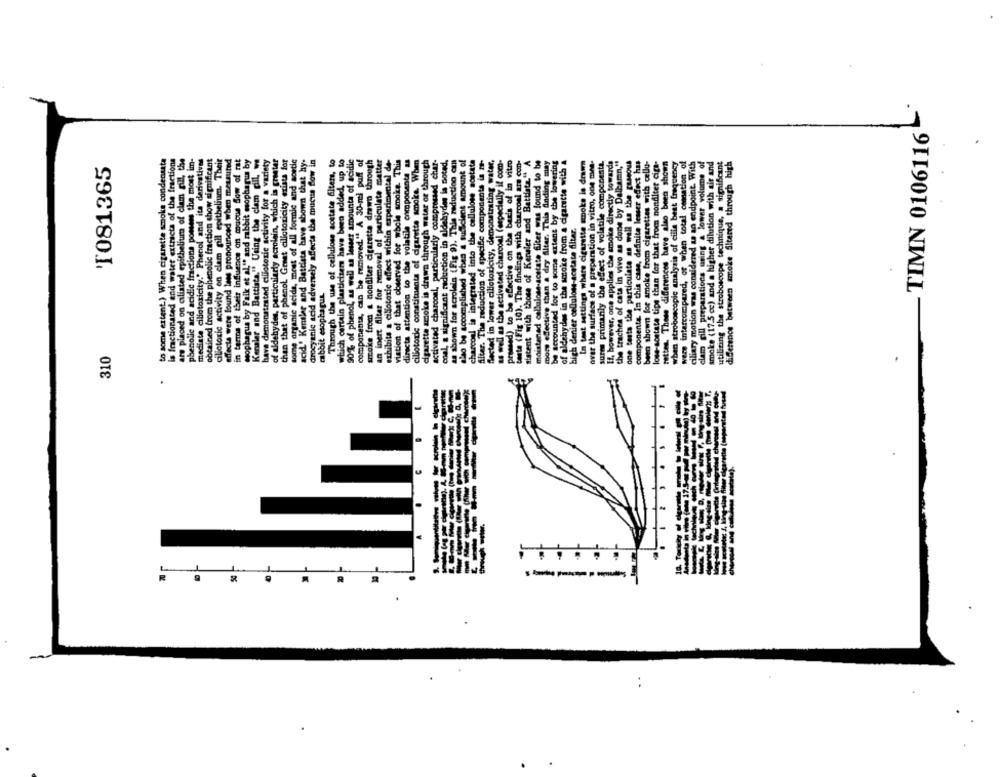
- TIMN 0106116
to some extent.) When cigarette smoke condensata
is fractionsted and water extracta of the fractions
are placed on ciliated epithelium of clam gill, the
phenolic and acidic fractions possess the most im-
mediste ciliotoxicity." Phenol and ita derivatives
obtained from the phenolic fraction show significant
clictoxic activity on clam pill epithelium. Their
affects were found lees pronounced when measured
in terms of their influence on mucus Slow of rat
wophagus by Faik et al." and rabbit esophagus by
Kenaler and Battista." Using the clam cill, w
have demonstrated cilioterie activity for a variety
of aldehydes, particularly acrolein, which is greater
than that of phenol Great cilictoxicity exists for
some organic acida, most of all formic and aortic
acid.' Kensler and Battleta have shown that hy-
drocyanic acid adversely affects the mucus Blow in
Through the use of cellulose sostate filters, to
which certain plasticizers have been added, up to
90% of phenol, as well as lesser amounts of acidic
componenta, can be removed." A 30-mi puff of
smoke from a nonfilter cigaretta drawn through
an inert filter for removal of particulate matter
exhibits a ciliotoxic effect within experimental de-
viation of that observed for whole smoke. This
directa attention to the volatile components a
cillotorie constituants of cigarette smoke. When
cigarette smoke is drawn through water or through
activated charcoal, particularly compressed char-
coal, a significant reduction in aldehydes la noted.
La shown for acrolein (Fig 9). This reduction cmn
ciao be accomplished when a sufficient amount of
charcoal is integrated into the cellulose sostate
filter. The reduction of specific components in me-
flected in lower cillotoxicity, demonstrating water,
as well as the activated charcoal (especially if com-
tive on the basis of in vitro
Vitro
In that settings where cigarette smoke la dram
over the surface of a preparation in vitro, one mne-
sures primarily the effect of volatile compenenta.
If, however, one applies the smoke directly towards
the traches of cats in vivo as done by Dallamn,"
one testa the particulate as well as the cussous
componente. In this case, definite lesser efect has
been shown for smoke from cigarettes with cellu-
lose-acetate tips than for that from nondlter ciga-
retten. These differences have also been shown
when stroboscopic analysis of cilis best frequency
were intercompared, or when total comation of
ciliary motion was considered as an endpoint. With
clam gill preparations uring a lower volume of
smoke (17.5 cc) and a higher dilution with air and
utiliting the stroboscope technique, a significant
difference between moke Sitared through high
1081365
h charcoal a
rabbit esophagus.
Alter. The ro
Bosted in lowe
tanta (Fig 10)
well as the
pressed) to
statent with
barcoul
distan
310
.
---
..